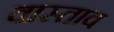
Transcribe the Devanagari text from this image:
वास्ताव